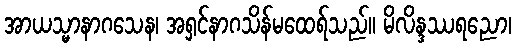
အာယသ္မာနာဂသေန၊ အရှင်နာဂသိန်မထေရ်သည်။ မိလိန္ဒဿရညော၊